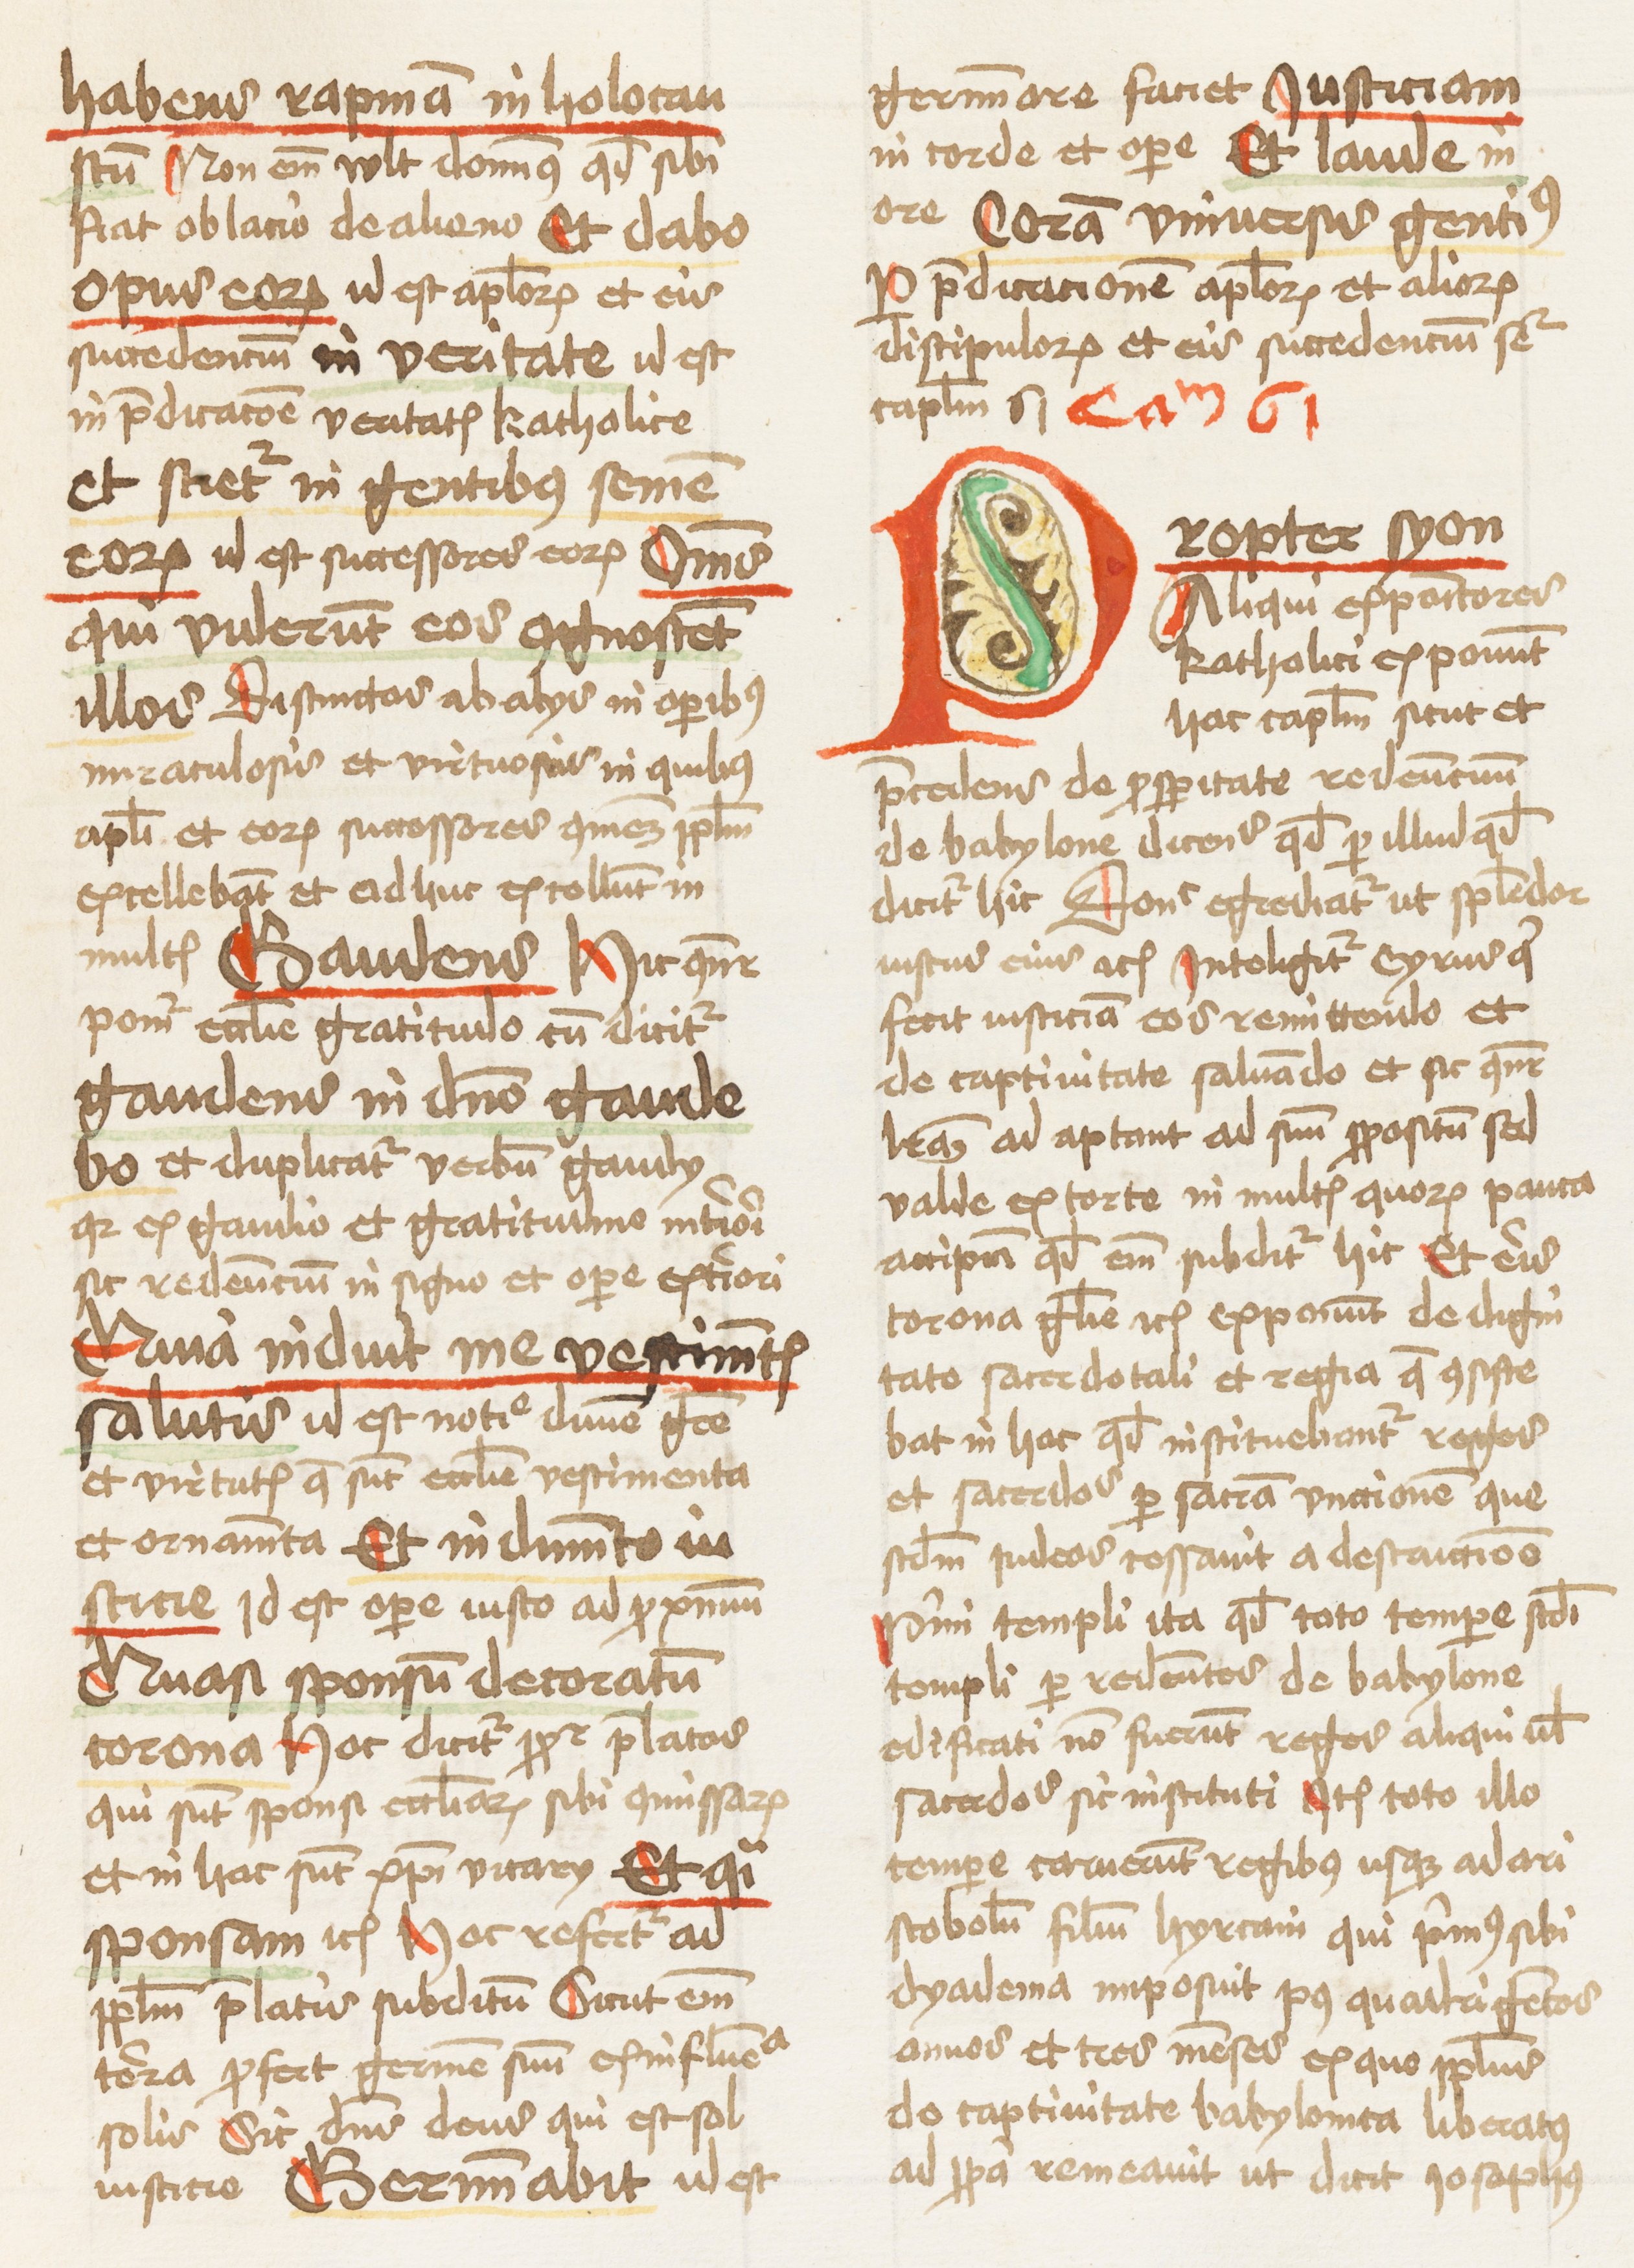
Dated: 1459–1459